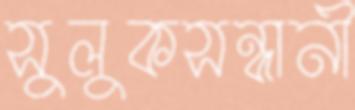
সুলুকসন্ধানী